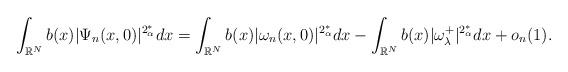
LaTeX: \begin{align*}\displaystyle\int_{\mathbb{R}^N}b(x)|\Psi_n(x,0)|^{2_\alpha^*}dx=\displaystyle\int_{\mathbb{R}^N}b(x)|\omega_n(x,0)|^{2_\alpha^*}dx-\displaystyle\int_{\mathbb{R}^N}b(x)|\omega_\lambda^+|^{2_\alpha^*}dx+o_n(1). \end{align*}